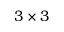
3 \times 3